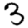
Digit: 3